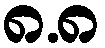
၈.၈